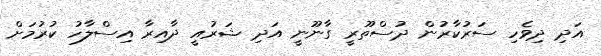
އަދި ދިވެހި ސަރުކާރުން ދުސްތޫރީ ގާނޫނީ އަދި ޝަރުއީ ދާއިރާ އިސްލާހު ކުރުމަށް